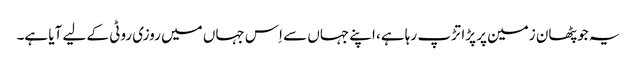
یہ جو پٹھان زمین پر پڑا تڑپ رہا ہے، اپنے جہاں سے اِس جہاں میں روزی روٹی کے لیے آیا ہے۔